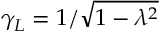
\gamma _ { L } = 1 / \sqrt { 1 - \lambda ^ { 2 } }